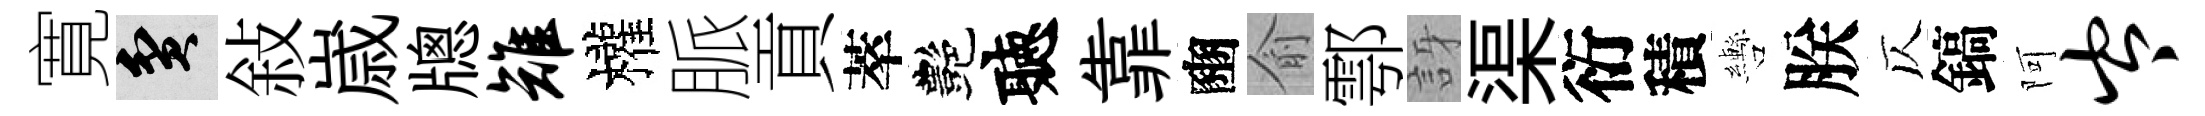
寛貧敍𡻕牕雉權脈貢萃艷聽靠豳俞鄠訝渠衍積轡朕仄鎬阿岑